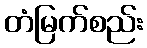
တံမြက်စည်း